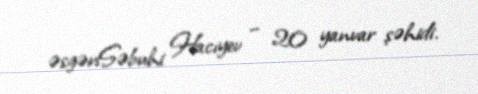
əsgəriSəbuhi Hacıyev – 20 yanvar şəhidi.